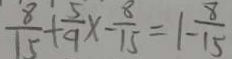
\frac { 8 } { 1 5 } + \frac { 5 } { 9 } x - \frac { 8 } { 1 5 } = 1 - \frac { 8 } { 1 5 }